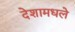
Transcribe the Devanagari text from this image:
देशामधले